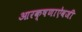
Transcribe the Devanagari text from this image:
आरक्षणाऐवजी